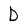
Character: D